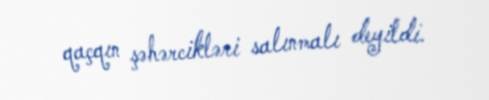
qaçqın şəhərcikləri salınmalı deyildi.